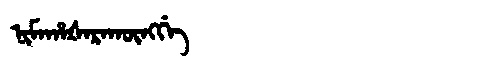
Manchu: ᠨᡳᠮᠠᡥᠠᡧᠠᡵᠠᡴᡡᠩᡤᡝ
Romanization: NIMAHAŠARAKŪNGGE